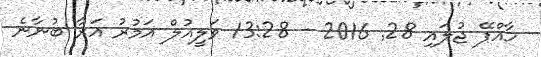
ހާއްޕޭ ޖުލައި 28